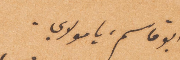
أبو قاسم، يا مولاي